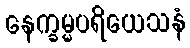
နေက္ခမ္မပရိယေသနံ